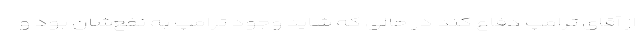
از آقای ترامپ دفاع کند در حالی که شاید وجود ترامپ به نفع‌شان بود و